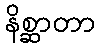
နိစ္ဆာတာ